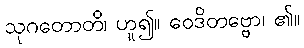
သုဂတောတိ၊ ဟူ၍။ ဝေဒိတဗ္ဗော၊ ၏။